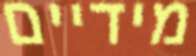
מידיים